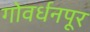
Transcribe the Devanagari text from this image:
गोवर्धनपूर